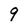
Character: 9